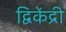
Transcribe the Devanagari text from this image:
द्विकेंद्री